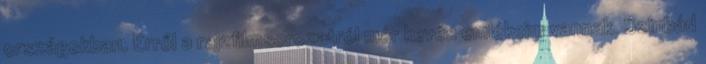
országokban. Erről a rajzfilmsorozatról már kevés emlékeim vannak. Szinbád